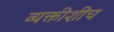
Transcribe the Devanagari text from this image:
व्यक्तीशीच